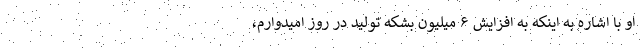
او با اشاره به اینکه به افزایش ۶ میلیون بشکه تولید در روز امیدوارم،